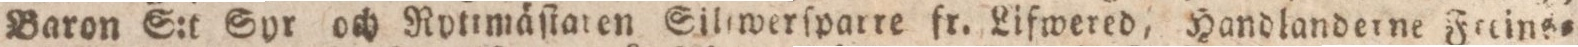
Baron S:t Syr och Rytimäſiaren Silewerſparre fr. Lifwered, Handlanderne Feeins=